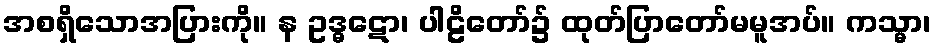
အစရှိသောအပြားကို။ န ဥဒ္ဓဋော၊ ပါဠိတော်၌ ထုတ်ပြာတော်မမူအပ်။ ကသ္မာ၊